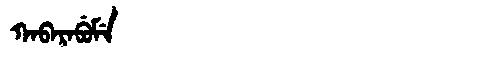
Manchu: ᡴᠠᠪᠠᡵᠠᠪᡠᠮᡝ
Romanization: KABARABUME